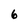
Character: 6